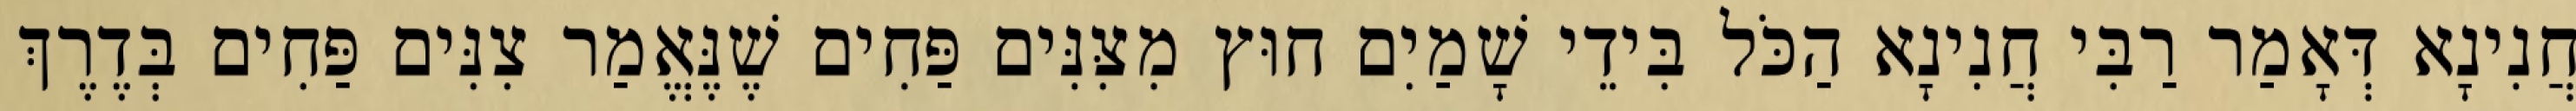
חֲנִינָא דְּאָמַר רַבִּי חֲנִינָא הַכֹּל בִּידֵי שָׁמַיִם חוּץ מִצִּנִּים פַּחִים שֶׁנֶּאֱמַר צִנִּים פַּחִים בְּדֶרֶךְ